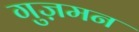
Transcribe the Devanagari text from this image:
गुज़मन